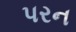
પરન